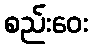
စည်းဝေး